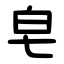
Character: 皂